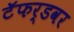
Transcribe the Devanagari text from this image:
टॅफर्डवर